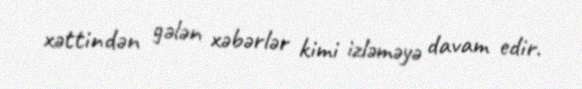
xəttindən gələn xəbərlər kimi izləməyə davam edir.